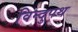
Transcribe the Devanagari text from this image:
विन्दुपथ